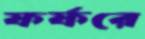
ফর্‌ফরে